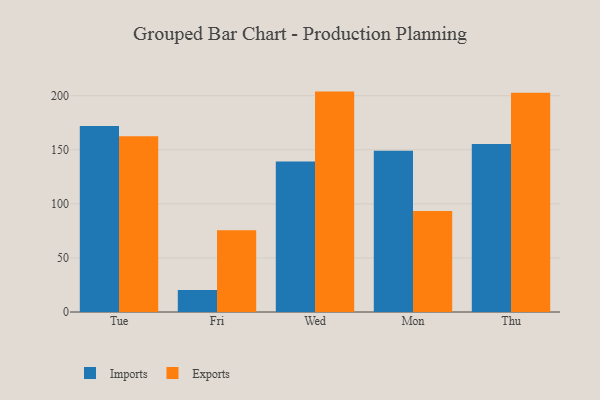
{"axis": {"x": "Day", "y": "Waste Production (Tons)"}, "legend": ["Exports", "Imports"], "data": [{"x": "Tue", "y": 172.1, "type": "Imports"}, {"x": "Tue", "y": 162.4, "type": "Exports"}, {"x": "Fri", "y": 20.3, "type": "Imports"}, {"x": "Fri", "y": 75.5, "type": "Exports"}, {"x": "Wed", "y": 139.2, "type": "Imports"}, {"x": "Wed", "y": 203.8, "type": "Exports"}, {"x": "Mon", "y": 149.2, "type": "Imports"}, {"x": "Mon", "y": 93.3, "type": "Exports"}, {"x": "Thu", "y": 155.4, "type": "Imports"}, {"x": "Thu", "y": 202.8, "type": "Exports"}]}